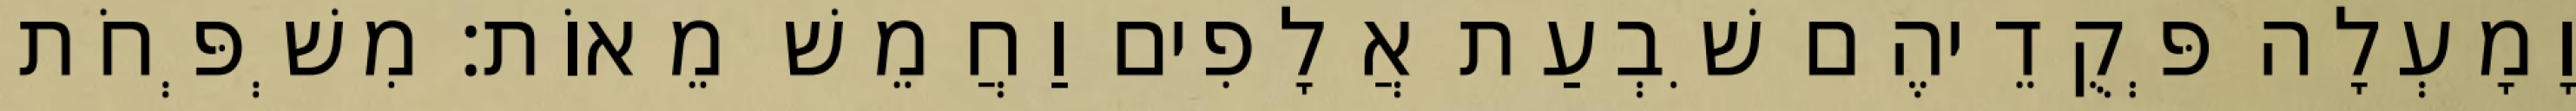
וָמָעְלָה פְּקֻדֵיהֶם שִׁבְעַת אֲלָפִים וַחֲמֵשׁ מֵאוֹת׃ מִשְׁפְּחֹת